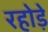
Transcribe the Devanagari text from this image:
रहोड़े